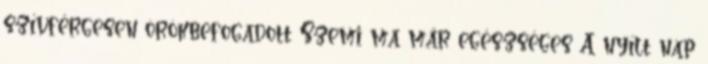
szívférgesen örökbefogadott Szemi ma már egészséges A nyílt nap